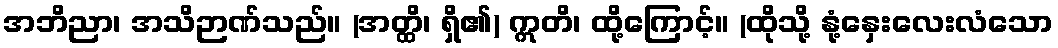
အဘိညာ၊ အသိဉာဏ်သည်။ (အတ္ထိ၊ ရှိ၏) ဣတိ၊ ထို့ကြောင့်။ (ထိုသို့ နုံ့နှေးလေးလံသော